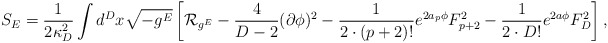
\begin{align*}S_E={1\over{2\kappa^2_D}}\int d^Dx\sqrt{-g^E}\left[{\cal R}_{g^E}-{4\over{D-2}}(\partial\phi)^2-{1\over{2\cdot (p+2)!}}e^{2a_p\phi}F^2_{p+2}-{1\over{2\cdot D!}}e^{2a\phi}F^2_D\right],\end{align*}